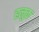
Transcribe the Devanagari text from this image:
हलुक